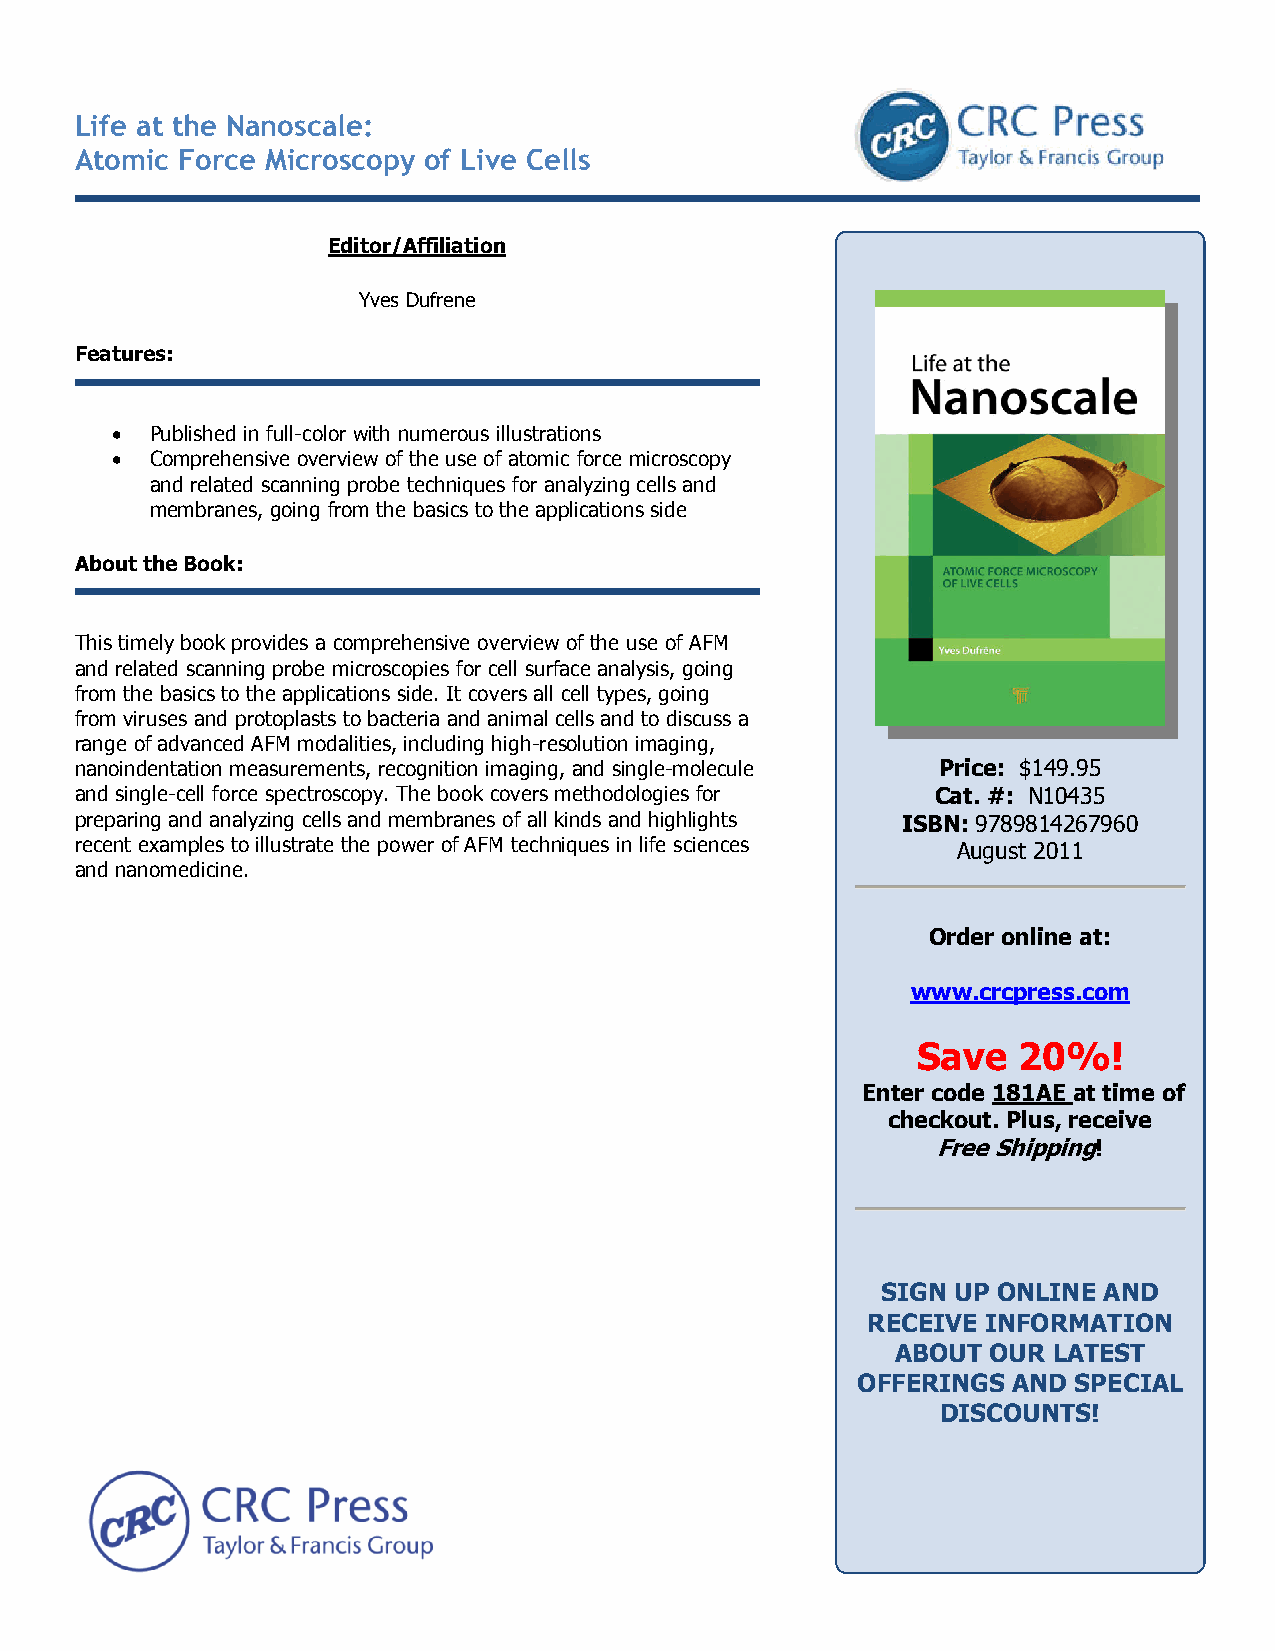
Life at the Nanoscale:
 Atomic Force Microscopy of Live Cells
 Editor/Affiliation
 Yves Dufrene
 Features:
 •  Published in full-color with numerous illustrations
 •  Comprehensive overview of the use of atomic force microscopy
 and related scanning probe techniques for analyzing cells and
 membranes, going from the basics to the applications side
 About the Book:
 This timely book provides a comprehensive overview of the use of AFM
 and related scanning probe microscopies for cell surface analysis, going
 from the basics to the applications side. It covers all cell types, going
 from viruses and protoplasts to bacteria and animal cells and to discuss a
 range of advanced AFM modalities, including high-resolution imaging,
 nanoindentation measurements, recognition imaging, and single-molecule Price: $149.95
 and single-cell force spectroscopy. The book covers methodologies for Cat. #: N10435
 preparing and analyzing cells and membranes of all kinds and highlights ISBN: 9789814267960
 recent examples to illustrate the power of AFM techniques in life sciences August 2011
 and nanomedicine.
 Order online at:
 www.crcpress.com
 Save  20%!
 Enter code 181AE at time of
 checkout. Plus, receive
 Free Shipping!
 SIGN UP ONLINE AND
 RECEIVE INFORMATION
 ABOUT OUR  LATEST
 OFFERINGS AND SPECIAL
 DISCOUNTS!